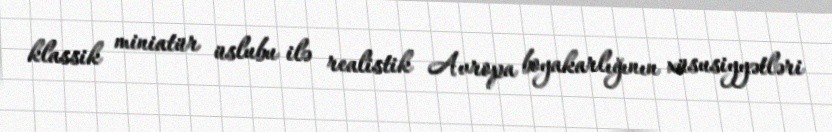
klassik miniatür üslubu ilə realistik Avropa boyakarlığının xüsusiyyətləri